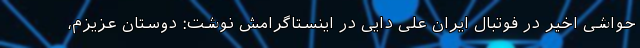
حواشی اخیر در فوتبال ایران علی دایی در اینستاگرامش نوشت: دوستان عزیزم،